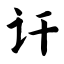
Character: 讦